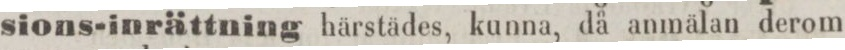
sions-inrättning härstädes, kunna, då anmälan derom